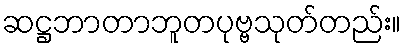
ဆဋ္ဌဘာတာဘူတပုဗ္ဗသုတ်တည်း။